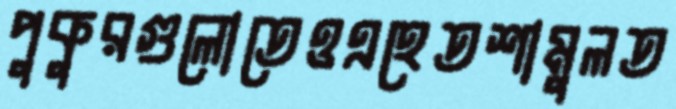
পুকুরগুলোতেওএহেতশামুলত